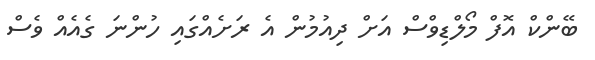
ބޭންކް އޮފް މޯލްޑިވްސް އަށް ދިއުމުން އެ ރަށެއްގައި ހުންނަ ގެއެއް ވެސް